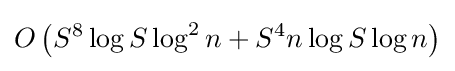
O\left(S^{8}\log {S}\log ^{2}{n}+S^{4}n\log {S}\log {n}\right)